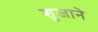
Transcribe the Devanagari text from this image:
शुजाने